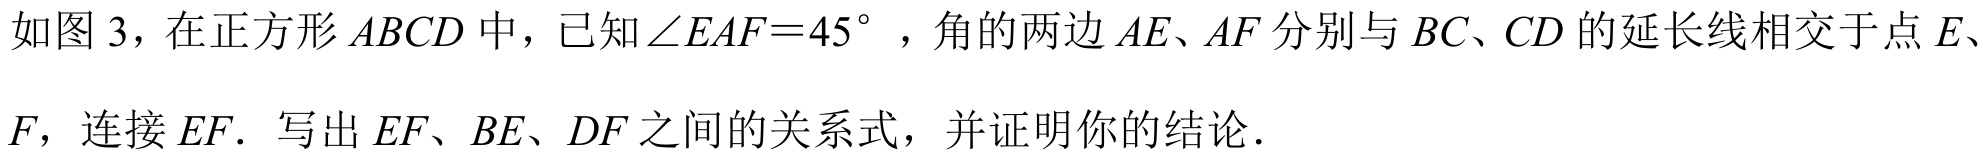
如图 3，在正方形$ABCD$中，已知$\angle EAF = 45^{\circ}$，角的两边$AE、AF$分别与$BC、CD$的延长线相交于点$E、$
$F$，连接$EF.$ 写出$EF、BE、DF$之间的关系式，并证明你的结论．